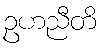
ဥဟညီတိ